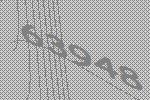
63948